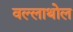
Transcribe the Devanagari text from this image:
वल्लाथोल